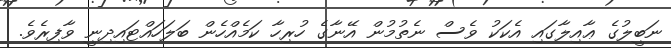
ނަބީލުގެ ޢާއިލާގައި އެކަކު ވެސް ނެތުމުން އޭނާގެ ހުރިހާ ކަމެއްހެން ބަލަހައްޓައިދިނީ ވާފިރެވެ.